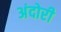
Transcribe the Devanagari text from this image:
अंदोरी